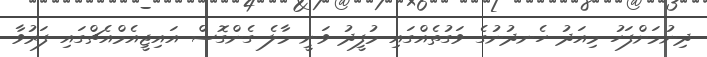
ދިނުމަށްފަހު މިއަދު ހެނދުނުގެ ވަގުތެއްގައި މުފީދު ވަނީ މާލެ ގެންގޮސް އައިޖީއެމްއެޗްގައި ފަރުވާ